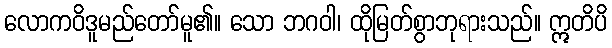
လောကဝိဒူမည်တော်မူ၏။ သော ဘဂဝါ၊ ထိုမြတ်စွာဘုရားသည်။ ဣတိပိ